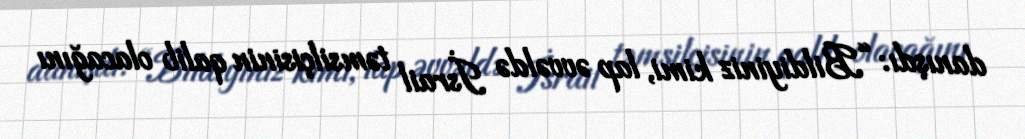
danışdı: “Bildiyiniz kimi, lap əvvəldə İsrail təmsilçisinin qalib olacağını